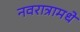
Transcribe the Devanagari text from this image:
नवरात्रामधे